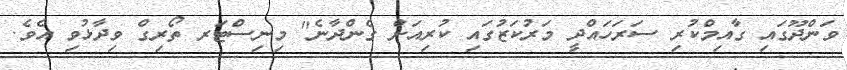
ވަންދޫގައި ގާއިމްކުރި ސަރަހައްދީ މަރުކަޒުގައި ކުރިއަށް ގެންދާނެ" މިނިސްޓަރ ތޯރިގް ވިދާޅުވި އެވެ.